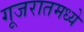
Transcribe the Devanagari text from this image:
गूजरातमध्ये